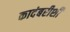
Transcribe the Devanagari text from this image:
कादंबरीशी